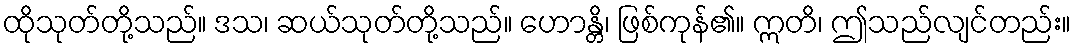
ထိုသုတ်တို့သည်။ ဒသ၊ ဆယ်သုတ်တို့သည်။ ဟောန္တိ၊ ဖြစ်ကုန်၏။ ဣတိ၊ ဤသည်လျင်တည်း။